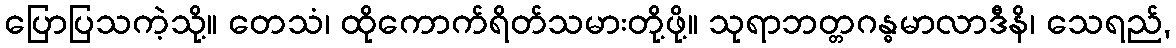
ပြောပြသကဲ့သို့။ တေသံ၊ ထိုကောက်ရိတ်သမားတို့ဖို့။ သုရာဘတ္တဂန္ဓမာလာဒီနိ၊ သေရည်,